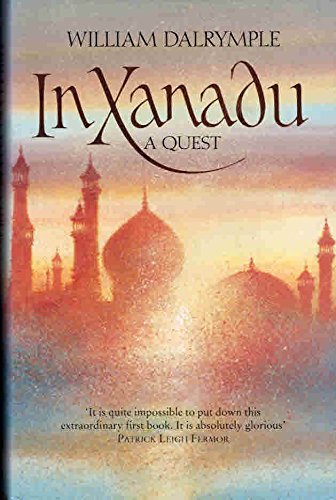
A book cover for In Xanadu: A Quest; William Dalrymple; Travel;